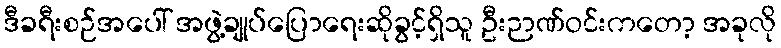
ဒီခရီးစဉ်အပေါ် အဖွဲ့ချုပ်ပြောရေးဆိုခွင့်ရှိသူ ဦးဉာဏ်ဝင်းကတော့ အခုလို